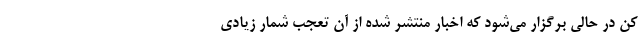
کن در حالی برگزار می‌‌شود که اخبار منتشر شده از آن تعجب شمار زیادی